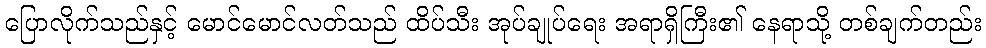
ပြောလိုက်သည်နှင့် မောင်မောင်လတ်သည် ထိပ်သီး အုပ်ချုပ်ရေး အရာရှိကြီး၏ နေရာသို့ တစ်ချက်တည်း